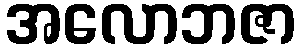
အလောဘဇာ